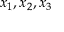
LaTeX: x _ { 1 } , x _ { 2 } , x _ { 3 }